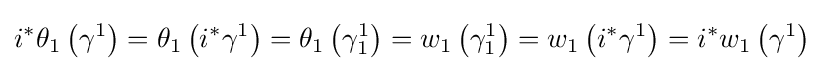
i^{*}\theta _{1}\left(\gamma ^{1}\right)=\theta _{1}\left(i^{*}\gamma ^{1}\right)=\theta _{1}\left(\gamma _{1}^{1}\right)=w_{1}\left(\gamma _{1}^{1}\right)=w_{1}\left(i^{*}\gamma ^{1}\right)=i^{*}w_{1}\left(\gamma ^{1}\right)